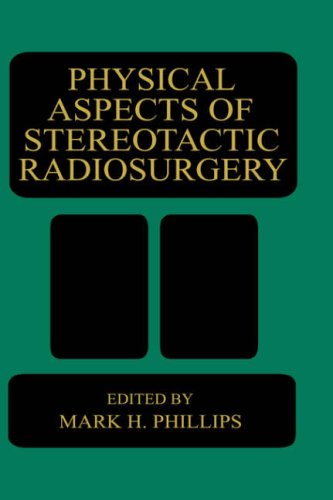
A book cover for Physical Aspects of Stereotactic Radiosurgery; Medical Books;